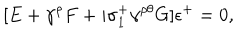
[ E + \gamma ^ { \rho } F + i \sigma _ { 1 } ^ { + } \gamma ^ { \rho \theta } G ] \epsilon ^ { + } = 0 ,